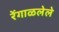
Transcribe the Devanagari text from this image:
रेंगाळलेले